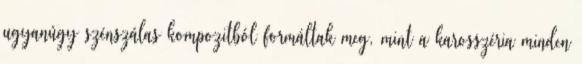
ugyanúgy szénszálas kompozitból formáltak meg, mint a karosszéria minden